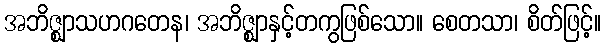
အဘိဇ္ဈာသဟဂတေန၊ အဘိဇ္ဈာနှင့်တကွဖြစ်သော။ စေတသာ၊ စိတ်ဖြင့်။